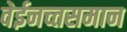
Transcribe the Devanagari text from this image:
वेईनच्तसमान